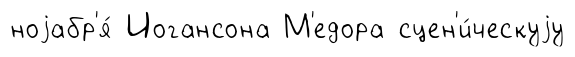
ноjабр'я́ Иогансона М'едора сцен'и́ческуjу